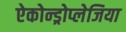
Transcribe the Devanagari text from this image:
ऐकोन्ड्रोप्लेजिया